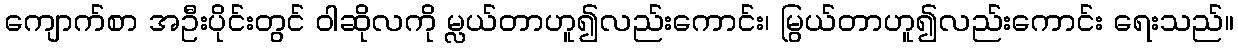
ကျောက်စာ အဦးပိုင်းတွင် ဝါဆိုလကို မ္လယ်တာဟူ၍လည်းကောင်း၊ မြွယ်တာဟူ၍လည်းကောင်း ရေးသည်။